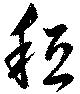
秪